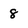
Character: 8